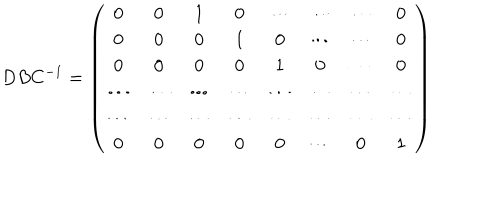
D B C ^ { - 1 } = \left( \begin{array} { c c c c c c c c } { { 0 } } & { { 0 } } & { { 1 } } & { { 0 } } & { { \cdots } } & { { \cdots } } & { { \cdots } } & { { 0 } } \\ { { 0 } } & { { 0 } } & { { 0 } } & { { 1 } } & { { 0 } } & { { \cdots } } & { { \cdots } } & { { 0 } } \\ { { 0 } } & { { 0 } } & { { 0 } } & { { 0 } } & { { 1 } } & { { 0 } } & { { \cdots } } & { { 0 } } \\ { { \cdots } } & { { \cdots } } & { { \cdots } } & { { \cdots } } & { { \cdots } } & { { \cdots } } & { { \cdots } } & { { \cdots } } \\ { { \cdots } } & { { \cdots } } & { { \cdots } } & { { \cdots } } & { { \cdots } } & { { \cdots } } & { { \cdots } } & { { \cdots } } \\ { { 0 } } & { { 0 } } & { { 0 } } & { { 0 } } & { { 0 } } & { { \cdots } } & { { 0 } } & { { 1 } } \\ \end{array} \right)